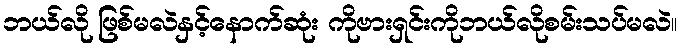
ဘယ်လို ဖြစ်မလဲနှင့်နောက်ဆုံး ကိုဗားရှင်းကိုဘယ်လိုစမ်းသပ်မလဲ။